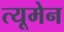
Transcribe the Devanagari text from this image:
त्यूमेन